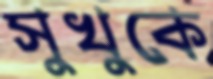
সুখুকে